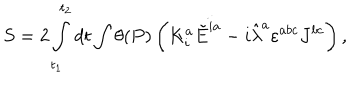
LaTeX: S = 2 \int _ { t _ { 1 } } ^ { t _ { 2 } } d t \int \theta ( P ) \left( K _ { i } ^ { a } \dot { \tilde { E } ^ { i a } } - i \hat { \lambda } ^ { a } \varepsilon ^ { a b c } J ^ { b c } \right) ,